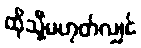
ထိုသို့မဟုတ်လျှင်